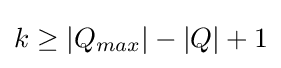
k\geq {|Q_{max}|}-{|Q|}+1